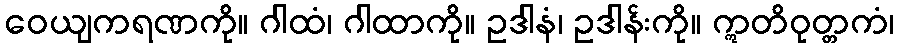
ဝေယျကရဏကို။ ဂါထံ၊ ဂါထာကို။ ဥဒါနံ၊ ဥဒါန်းကို။ ဣတိဝုတ္တကံ၊